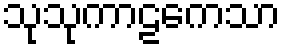
သုသုကာဠကေသာ